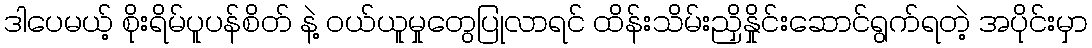
ဒါပေမယ့် စိုးရိမ်ပူပန်စိတ် နဲ့ ဝယ်ယူမှုတွေပြုလာရင် ထိန်းသိမ်းညှိနှိုင်းဆောင်ရွက်ရတဲ့ အပိုင်းမှာ